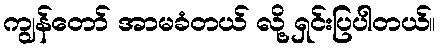
ကျွန်တော် အာမခံတယ် လို့ ရှင်းပြပါတယ်။